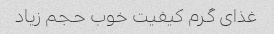
غذای گرم کیفیت خوب حجم زیاد